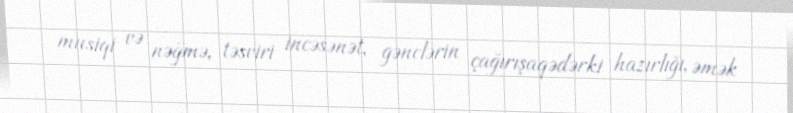
musiqi və nəğmə, təsviri incəsənət, gənclərin çağırışaqədərki hazırlığı, əmək